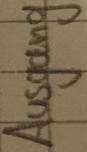
Text: Ausgang